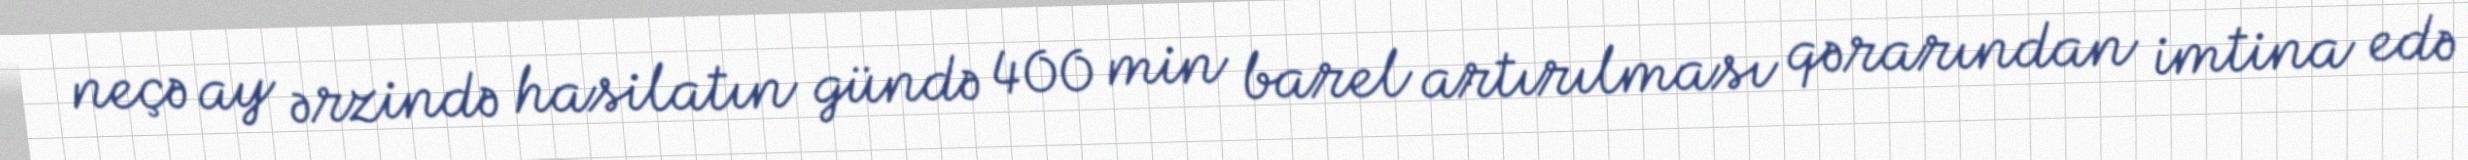
neçə ay ərzində hasilatın gündə 400 min barel artırılması qərarından imtina edə